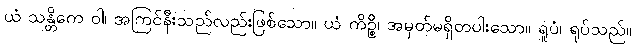
ယံ သန္တိကေ ဝါ၊ အကြင်နီးသည်လည်းဖြစ်သော။ ယံ ကိဉ္စိ၊ အမှတ်မရှိတပါးသော။ ရူပံ၊ ရုပ်သည်။